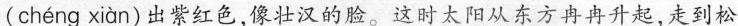
( chéng xiàn )出紫红色，像壮汉的脸。这时太阳从东方冉冉升起，走到松